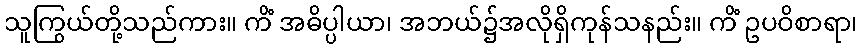
သူကြွယ်တို့သည်ကား။ ကိံ အဓိပ္ပါယာ၊ အဘယ်၌အလိုရှိကုန်သနည်း။ ကိံ ဥပဝိစာရာ၊